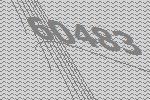
60483